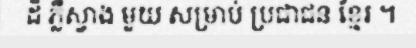
ដ៏ ភ្លឺស្វាង មួយ សម្រាប់ ប្រជាជន ខ្មែរ ។